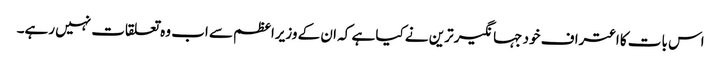
اس بات کا اعتراف خود جہانگیر ترین نے کیا ہے کہ ان کے وزیراعظم سے اب وہ تعلقات نہیں رہے۔